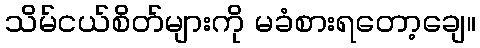
သိမ်ငယ်စိတ်များကို မခံစားရတော့ချေ။